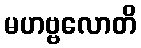
မဟဗ္ဗလောတိ